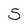
Character: 5